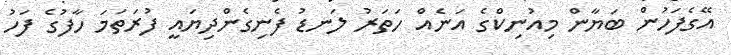
އޭގެފަހުން ބަޔާން މިއުނިކްގެ އަނެއް ހަތަރު ލަނޑު ފެނިގެންދިޔައީ ފުރަތަމަ ހާފުގެ ފަހު